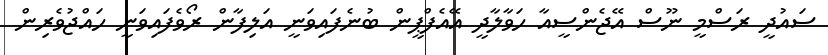
ސައުދީ ރަސްމީ ނޫސް އޭޖެންސީއާ ހަވާލާދީ އޭއެފްޕީން ބުނެފައިވަނީ އަލިފާން ރޯވެފައިވަނީ ހައްޖުވެރިން